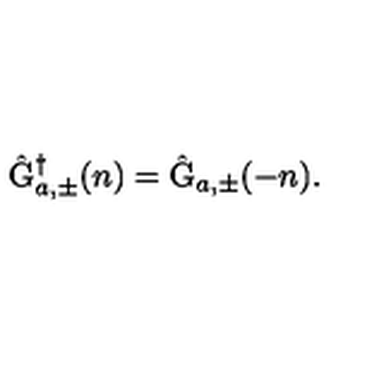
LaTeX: \hat { \mathrm { G } } _ { a , \pm } ^ { \dagger } ( n ) = \hat { \mathrm { G } } _ { a , \pm } ( - n ) .